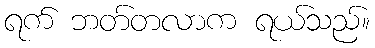
ရက် ဘတ်တလာက ရယ်သည်။